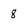
Character: 8